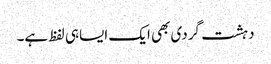
دہشت گردی بھی ایک ایساہی لفظ ہے۔